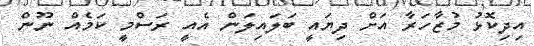
އިދިކޮޅު މުޒާހަރާ އަށް ދިޔައީ ބަލައިލަން އެއީ ރަސްމީ ކަމެއް ނޫން